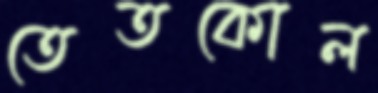
তেতকোল